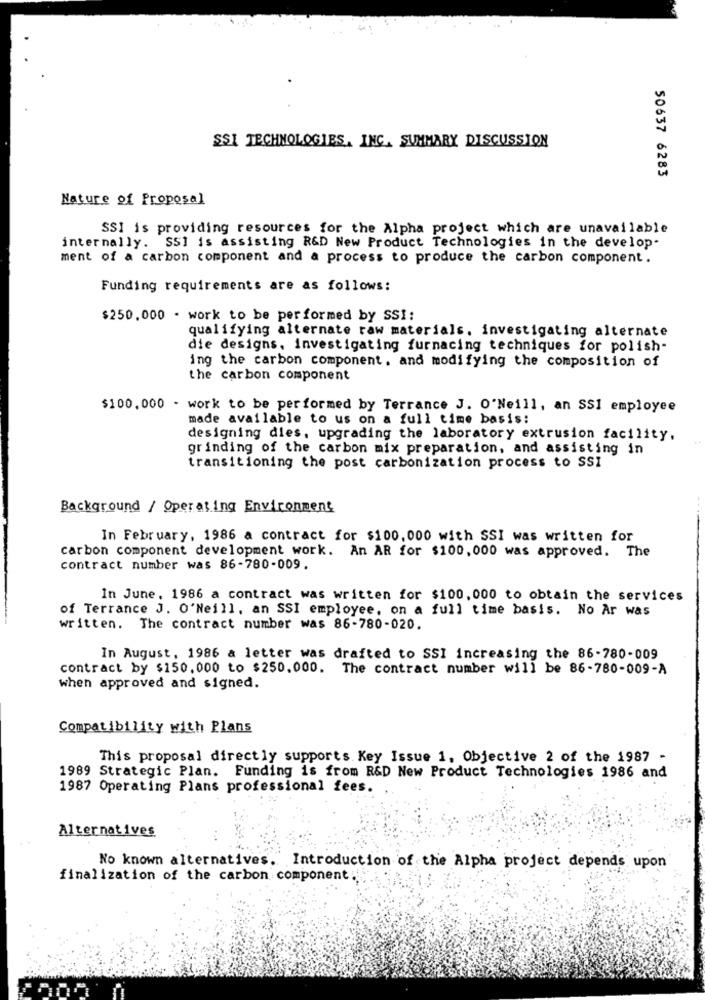
SSI TECHNOLOGIES, INC. SUMMARY DISCUSSION
50637 6283
Nature of Proposal
SSI is providing resources for the Alpha project which are unavailable
internally. SSI is assisting R&D New Product Technologies in the develop.
ment of a carbon component and a process to produce the carbon component.
Funding requirements are as follows:
$250.000 . work to be performed by SSI:
qualifying alternate raw materials. investigating alternate
die designs, investigating furnacing techniques for polish-
ing the carbon component. and modifying the composition of
the carbon component
$100.000 - work to be performed by Terrance J. O'Neill, an SSI employee
made available to us on a full time basis:
designing dies, upgrading the laboratory extrusion facility,
grinding of the carbon mix preparation, and assisting in
transitioning the post carbonization process to SSI
Background / Operating Environment
In February, 1986 a contract for $100.000 with SSI was written for
carbon component development work. An AR for $100, 000 was approved. The
contract number was 86-780-009.
In June. 1986 a contract was written for $100, 000 to obtain the services
of Terrance J. O'Neill, an SSI employee, on a full time basis. No Ar was
written. The contract number was 86-780-020.
In August. 1986 & letter was drafted to SSI increasing the 86-780-009
contract by $150.000 to $250.000. The contract number will be 86-780-009-A
when approved and signed.
Compatibility with Plans
This proposal directly supports. Key Issue 1, Objective 2 of the 1987 -
1989 Strategic Plan. Funding is from R&D New Product Technologies 1986 and
1987 Operating Plans professional fees.
Alternatives
No known alternatives. Introduction of the Alpha project depends upon
finalization of the carbon component !